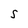
Character: S